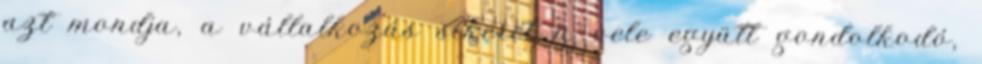
azt mondja, a vállalkozás sikerét a vele együtt gondolkodó,